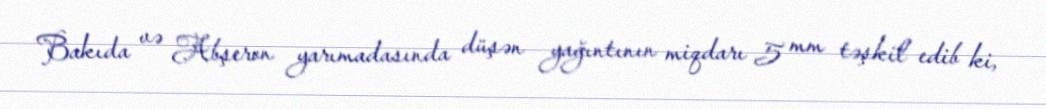
Bakıda və Abşeron yarımadasında düşən yağıntının miqdarı 5 mm təşkil edib ki,